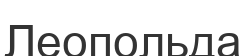
Леопольда